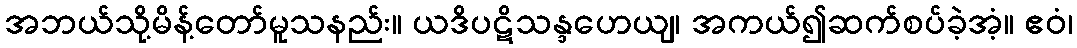
အဘယ်သို့မိန့်တော်မူသနည်း။ ယဒိပဋိသန္ဒဟေယျ၊ အကယ်၍ဆက်စပ်ခဲ့အံ့။ ဧဝံ၊